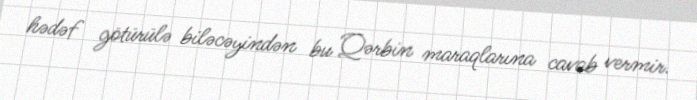
hədəf götürülə biləcəyindən bu Qərbin maraqlarına cavab vermir.